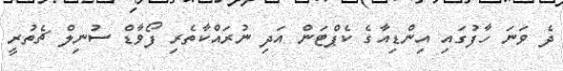
ދެ ވަނަ ހާފުގައި އިންޑިއާގެ ކެޕްޓަން އަދި ނުރައްކާތެރި ފޯވާޑް ސުނިލް ޗެތުރީ